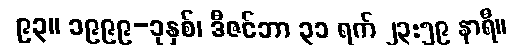
၉၃။ ၁၉၉၉-ခုနှစ်၊ ဒီဇင်ဘာ ၃၁ ရက် ၂၃:၅၉ နာရီ။